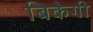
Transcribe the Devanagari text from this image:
बिकेगी